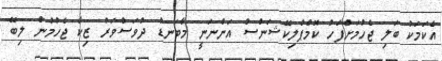
އެކަމަކު ބަލި ޖެހުމަށްފަހު ކޮމްޕްލިކޭޝަންސް އަންނަނީ މާބަނޑު ދުވަސްވަރު ޒިކާ ޖެހުމުން ލިބޭ